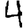
Digit: 4